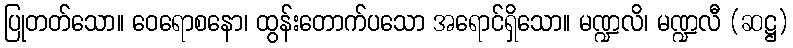
ပြုတတ်သော။ ဝေရောစနော၊ ထွန်းတောက်ပသော အရောင်ရှိသော။ မဏ္ဍလိ၊ မဏ္ဍလီ (ဆဋ္ဌ)